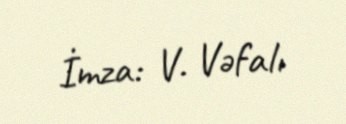
İmza: V. Vəfalı